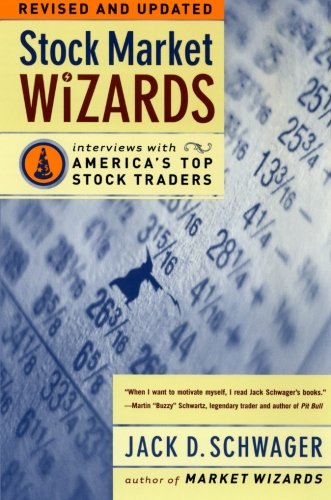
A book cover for Stock Market Wizards: Interviews with America's Top Stock Traders; Jack D. Schwager; Business & Money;